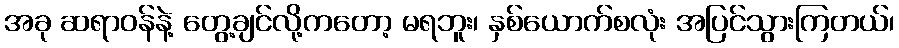
အခု ဆရာဝန်နဲ့ တွေ့ချင်လို့ကတော့ မရဘူး၊ နှစ်ယောက်စလုံး အပြင်သွားကြတယ်၊